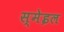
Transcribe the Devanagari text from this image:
स्मेइल